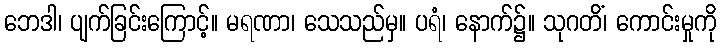
ဘေဒါ၊ ပျက်ခြင်းကြောင့်။ မရဏာ၊ သေသည်မှ။ ပရံ၊ နောက်၌။ သုဂတိံ၊ ကောင်းမှုကို